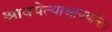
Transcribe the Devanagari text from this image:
श्रावयेत्याश्रावयन्ति।